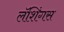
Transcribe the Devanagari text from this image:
लॅशिंगस